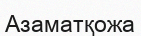
Азаматқожа